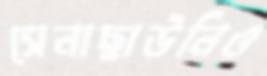
সেনাছাউনিও